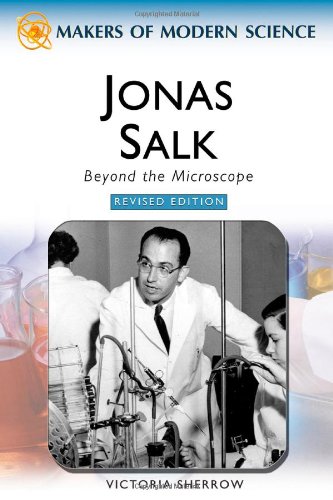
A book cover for Jonas Salk: Beyond the Microscope (Makers of Modern Science); Victoria Sherrow; Teen & Young Adult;